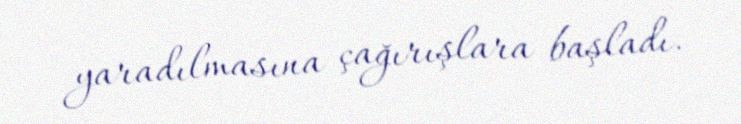
yaradılmasına çağırışlara başladı.